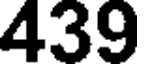
439